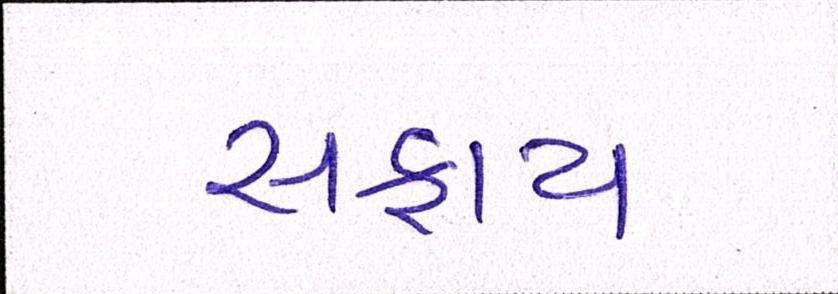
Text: સફાય